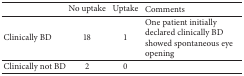
|  | No uptake | Uptake | Comments |
 | --- | --- | --- | --- |
 | Clinically BD | 18 | 1 | One patient initially declared clinically BD showed spontaneous eye opening |
 | Clinically not BD | 2 | 0 |  |